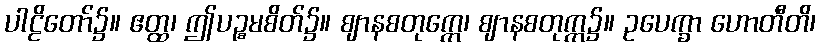
ပါဠိတော်၌။ ဧတ္ထ၊ ဤပဉ္စမစိတ်၌။ ဈာနစတုက္ကေ၊ ဈာနစတုက္က၌။ ဥပေက္ခာ ဟောတီတိ၊